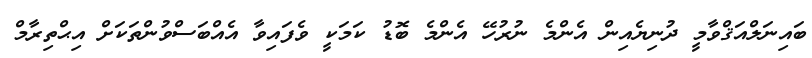
ބައިނަލްއަޤްވާމީ ދުނިޔެއިން އެންމެ ނުރުހޭ އެންމެ ބޮޑު ކަމަކީ ވެފައިވާ އެއްބަސްވުންތަކަށް އިޙްތިރާމް